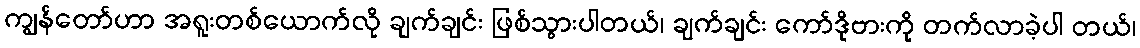
ကျွန်တော်ဟာ အရူးတစ်ယောက်လို ချက်ချင်း ဖြစ်သွားပါတယ်၊ ချက်ချင်း ကော်ဒိုဗားကို တက်လာခဲ့ပါ တယ်၊